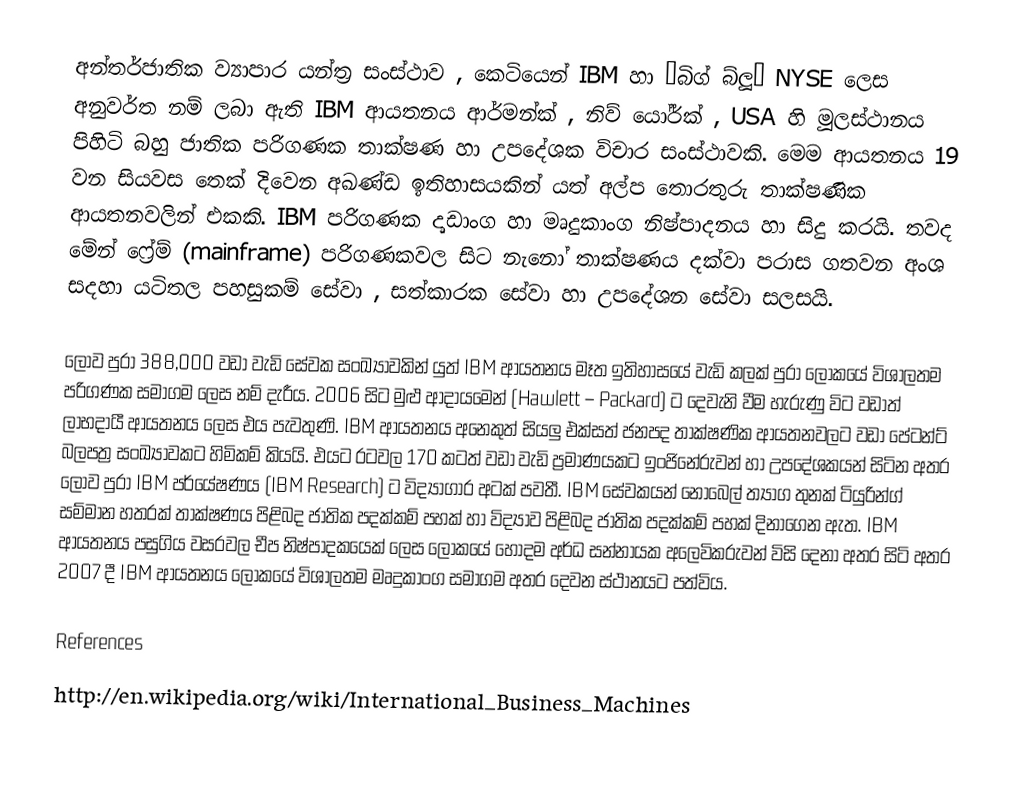
අන්තර්ජාතික ව්‍යාපාර යන්ත්‍ර සංස්ථාව , කෙටියෙන් IBM හා “බිග් බ්ලූ” NYSE ලෙස අනුවර්ත නම් ලබා ඇති IBM ආයතනය ආර්මන්ක් , නිව් යෝර්ක් , USA හි මූලස්ථානය පිහිටි බහු ජාතික පරිගණක තාක්ෂණ හා උපදේශක විචාර සංස්ථාවකි. මෙම ආයතනය 19 වන සියවස තෙක් දිවෙන ‍අඛණ්ඩ ඉතිහාසයකින් යත් අල්ප තොරතුරු තාක්ෂණික ආයතනවලින් එකකි. IBM පරිගණක දෘඩාංග හා මෘදුකාංග නිෂ්පාදනය හා සිදු කරයි. තවද මේන් ෆ්‍රේම් (mainframe) පරිගණකවල සිට නැනෝ තාක්ෂණය දක්වා පරාස ගතවන අංශ සදහා යටිතල පහසුකම් සේවා , සත්කාරක සේවා හා උපදේශන සේවා සලසයි.

ලොව පුරා 388,000 වඩා වැඩි සේවක සංඛ්‍යාවකින් යුත් IBM ආයතනය මෑත ඉතිහාසයේ වැඩි කලක් පුරා ලෝකයේ විශාලතම පරිගණක සමාගම ලෙස නම් දැරීය. 2006 සිට මුළු ආදායමෙන් (Hawlett – Packard) ට දෙවැනි වීම හැරුණු විට වඩාත් ලාභදායී ආයතනය ලෙස එය පැවතුණි. IBM ආයතනය අනෙකුත් සියලු එක්සත් ජනපද තාක්ෂණික ආයතනවලට වඩා පේටන්ට් බලපත්‍ර සංඛ්‍යාවකට හිමිකම් කියයි. එයට රටවල 170 කටත් වඩා වැඩි ප්‍රමාණයකට ඉංජිනේරුවන් හා උපදේශකයන් සිටින අතර ලොව පුරා IBM පර්යේෂණය (IBM Research) ට විද්‍යාගාර අටක් පවතී. IBM සේවකයන් නොබෙල් ත්‍යාග තුනක් ටියුරින්ග් සම්මාන හතරක් තාක්ෂණය පිළිබද ජාතික පදක්කම් පහක් හා විද්‍යාව පිළිබද ජාතික පදක්කම් පහක් දිනාගෙන ඇත. IBM ආයතනය පසුගිය වසරවල චීප නිෂ්පාදකයෙක් ලෙස ලෝකයේ හොදම අර්ධ සන්නායක අලෙවිකරුවන් විසි දෙනා අතර සිටි අතර 2007 දී IBM ආයතනය ලෝකයේ විශාලතම මෘදුකාංග සමාගම අතර දෙවන ස්ථානයට පත්විය.

References
http://en.wikipedia.org/wiki/International_Business_Machines